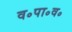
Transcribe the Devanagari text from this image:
व॰पा॰व॰